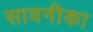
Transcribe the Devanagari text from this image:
सावनीका